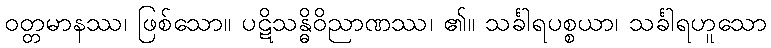
ဝတ္တမာနဿ၊ ဖြစ်သော။ ပဋိသန္ဓိဝိညာဏဿ၊ ၏။ သင်္ခါရပစ္စယာ၊ သင်္ခါရဟူသော